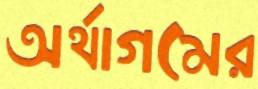
অর্থাগমের